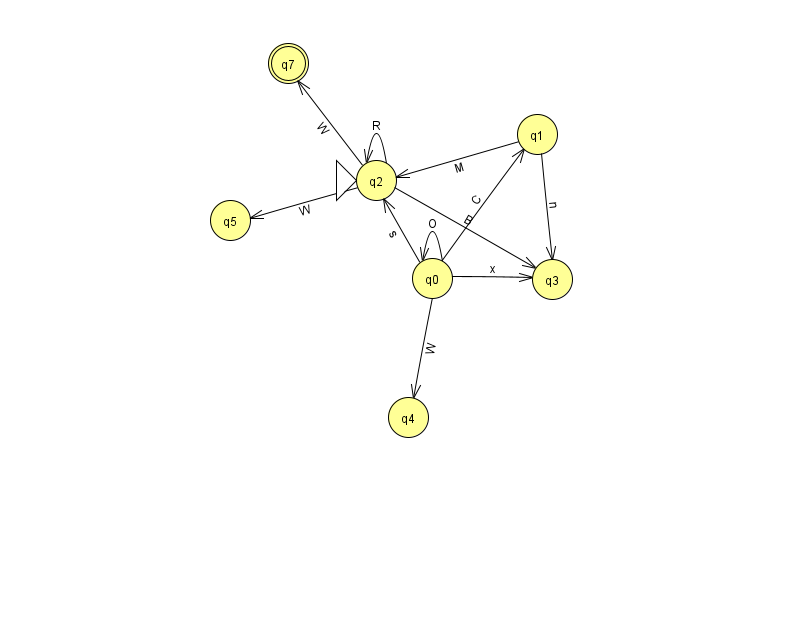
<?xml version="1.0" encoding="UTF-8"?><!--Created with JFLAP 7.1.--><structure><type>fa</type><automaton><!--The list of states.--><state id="0" name="q0"><x>432.0</x><y>265.0</y></state><state id="1" name="q1"><x>537.0</x><y>121.0</y></state><state id="2" name="q2"><x>376.0</x><y>167.0</y><initial/></state><state id="3" name="q3"><x>552.0</x><y>266.0</y></state><state id="4" name="q4"><x>408.0</x><y>404.0</y></state><state id="5" name="q5"><x>230.0</x><y>207.0</y></state><state id="7" name="q7"><x>288.0</x><y>50.0</y><final/></state><!--The list of transitions.--><transition><from>2</from><to>2</to><read>R</read></transition><transition><from>1</from><to>3</to><read>n</read></transition><transition><from>2</from><to>7</to><read>W</read></transition><transition><from>0</from><to>4</to><read>W</read></transition><transition><from>2</from><to>3</to><read>B</read></transition><transition><from>2</from><to>5</to><read>W</read></transition><transition><from>1</from><to>2</to><read>M</read></transition><transition><from>0</from><to>3</to><read>x</read></transition><transition><from>0</from><to>2</to><read>s</read></transition><transition><from>0</from><to>0</to><read>O</read></transition><transition><from>0</from><to>1</to><read>C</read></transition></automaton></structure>